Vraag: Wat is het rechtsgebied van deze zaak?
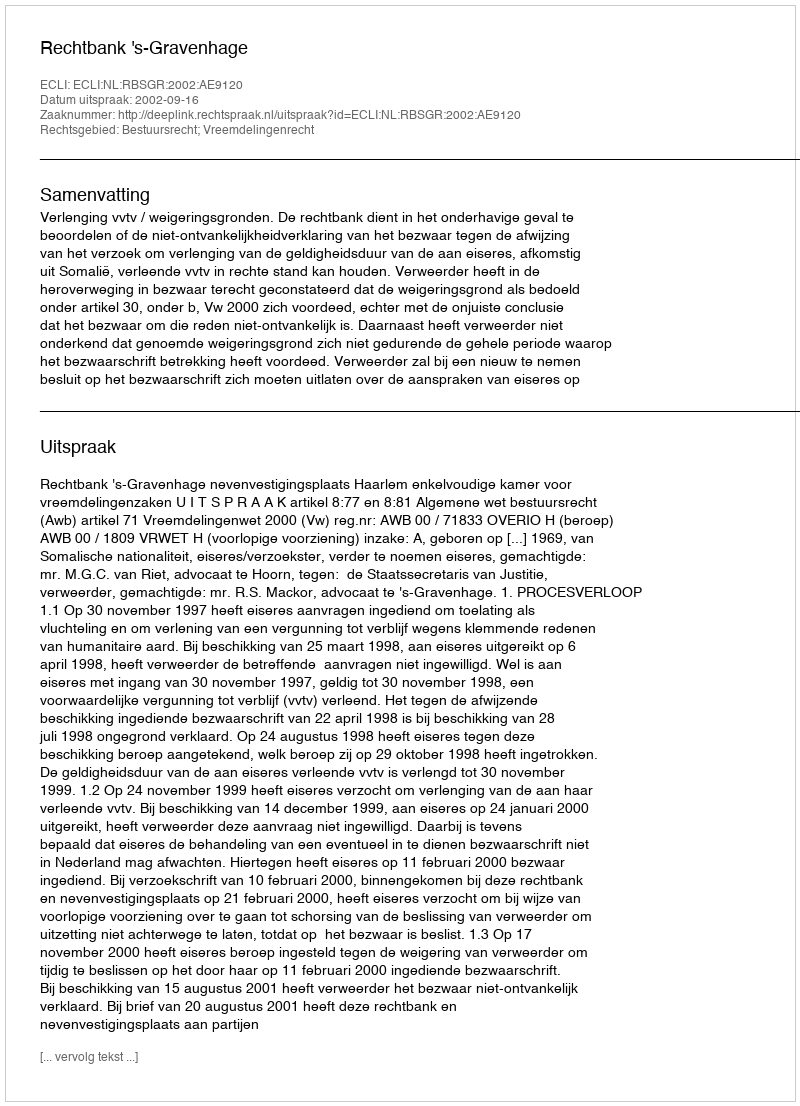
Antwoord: Bestuursrecht; Vreemdelingenrecht